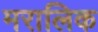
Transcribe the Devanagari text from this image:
मरालिक